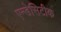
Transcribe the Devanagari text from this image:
एन्डेसिटीक